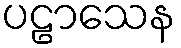
ပဠာသေန